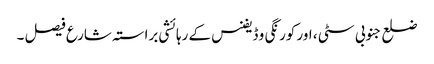
ضلع جنوبی سٹی ، اور کورنگی و ڈیفنس کے رہائشی براستہ شارع فیصل ۔